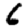
Digit: 6